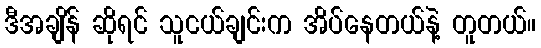
ဒီအချိန် ဆိုရင် သူငယ်ချင်းက အိပ်နေတယ်နဲ့ တူတယ်။